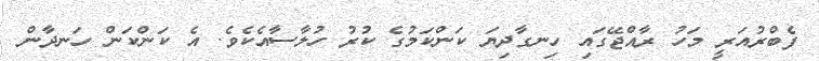
ފެބްރުއަރީ މަހު ރާއްޖޭގައި ހިނގާދިޔަ ކަންކަމުގެ ކުރު ހުލާސާއެކެވެ. އެ ކަންކަން ހަނދާން